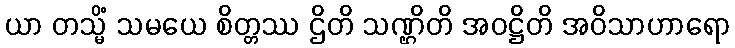
ယာ တသ္မိံ သမယေ စိတ္တဿ ဌိတိ သဏ္ဌိတိ အဝဋ္ဌိတိ အဝိသာဟာရော